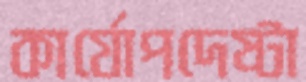
কার্যোপদেষ্টা